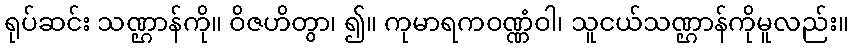
ရုပ်ဆင်း သဏ္ဌာန်ကို။ ဝိဇဟိတွာ၊ ၍။ ကုမာရကဝဏ္ဏံဝါ၊ သူငယ်သဏ္ဌာန်ကိုမူလည်း။